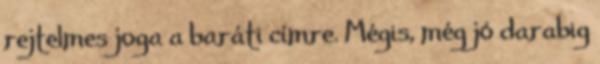
rejtelmes joga a baráti címre. Mégis, még jó darabig